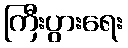
ကြီးပွားရေး